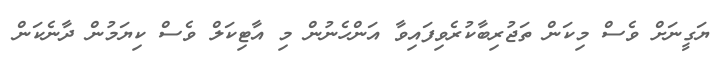
ޔަގީނަށް ވެސް މިކަން ތަޖުރިބާކުރެވިފައިވާ އަންހެނުން މި އާޓިކަލް ވެސް ކިޔަމުން ދާނެކަން